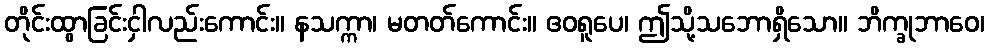
တိုင်းထွာခြင်းငှါလည်းကောင်း။ နသက္ကာ၊ မတတ်ကောင်း။ ဧဝရူပေ၊ ဤသို့သဘောရှိသော။ ဘိက္ခုဘာဝေ၊